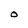
Character: O